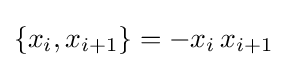
\{x_{i},x_{i+1}\}=-x_{i}\,x_{i+1}